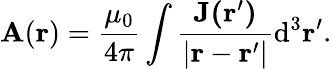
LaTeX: \mathbf{A}(\mathbf{r})={\frac{\mu_{0}}{4\pi}}\int{{\frac{\mathbf{J(\mathbf{r}^{\prime})}}{|\mathbf{r}-\mathbf{r}^{\prime}|}}\mathrm{d}^{3}\mathbf{r}^{\prime}}.